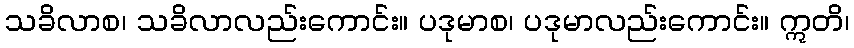
သခိလာစ၊ သခိလာလည်းကောင်း။ ပဒုမာစ၊ ပဒုမာလည်းကောင်း။ ဣတိ၊